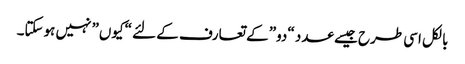
بالکل اسی طرح جیسے عدد “دو” کے تعارف کے لئے “کیوں” نہیں ہوسکتا۔